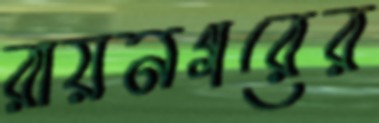
রায়নগরের